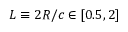
L \equiv 2 R / c \in [ 0 . 5 , 2 ]